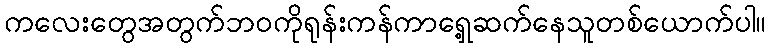
ကလေးတွေအတွက်ဘဝကိုရုန်းကန်ကာရှေ့ဆက်နေသူတစ်ယောက်ပါ။